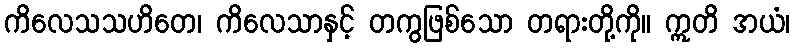
ကိလေသသဟိတေ၊ ကိလေသာနှင့် တကွဖြစ်သော တရားတို့ကို။ ဣတိ အယံ၊